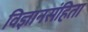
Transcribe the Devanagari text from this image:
विज्ञानसंहिता